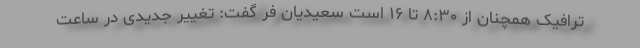
ترافیک همچنان از ۸:۳۰ تا ۱۶ است سعیدیان فر گفت: تغییر جدیدی در ساعت